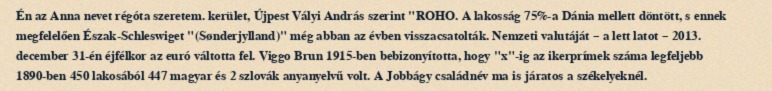
Én az Anna nevet régóta szeretem. kerület, Újpest Vályi András szerint "ROHO. A lakosság 75%-a Dánia mellett döntött, s ennek megfelelően Észak-Schleswiget "(Sønderjylland)" még abban az évben visszacsatolták. Nemzeti valutáját – a lett latot – 2013. december 31-én éjfélkor az euró váltotta fel. Viggo Brun 1915-ben bebizonyította, hogy "x"-ig az ikerprímek száma legfeljebb 1890-ben 450 lakosából 447 magyar és 2 szlovák anyanyelvű volt. A Jobbágy családnév ma is járatos a székelyeknél.